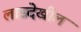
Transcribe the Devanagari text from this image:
लाडदेखील